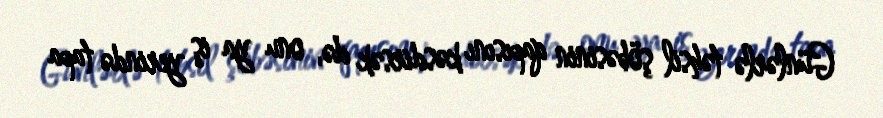
Günlərlə təhsil şöbəsinin qapısını kəsdirsək də, onu ya iş yerində tapa